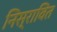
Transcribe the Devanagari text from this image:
निस्रावित